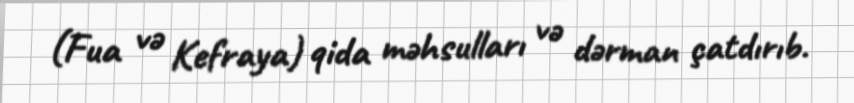
(Fua və Kefraya) qida məhsulları və dərman çatdırıb.